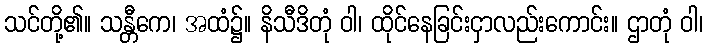
သင်တို့၏။ သန္တီကေ၊ အထံ၌။ နိသီဒိတုံ ဝါ၊ ထိုင်နေခြင်းငှာလည်းကောင်း။ ဌာတုံ ဝါ၊